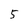
Character: 5